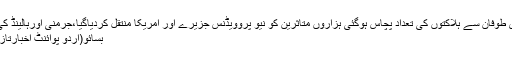
بہاماس میں سمندری طوفان سے ہلاکتوں کی تعداد پچاس ہوگئی ہزاروں متاثرین کو نیو پروویڈنس جزیرے اور امریکا منتقل کردیاگیا،جرمنی اورہالینڈ کی امدادی کارروائیاں
بسائو(اُردو پوائنٹ اخبارتازہ ترین - این این آئی۔